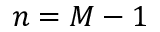
n = M - 1